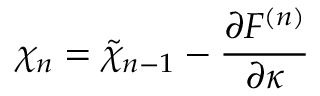
\chi _ { n } = \tilde { \chi } _ { n - 1 } - { \frac { \partial F ^ { ( n ) } } { \partial \kappa } }